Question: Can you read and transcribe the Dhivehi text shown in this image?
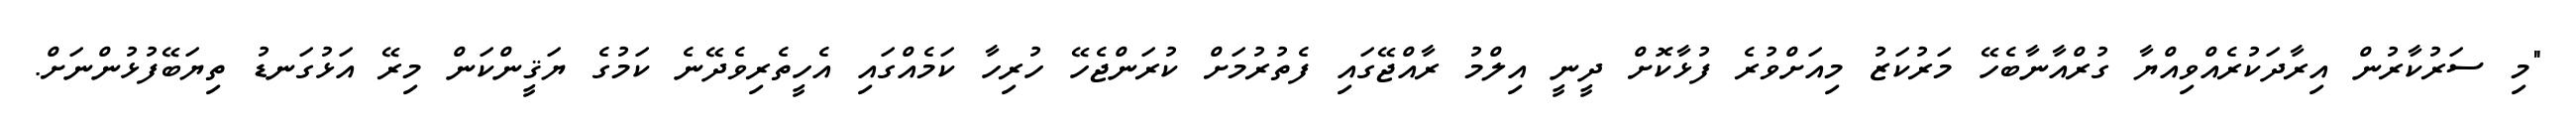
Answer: "މި ސަރުކާރުން އިރާދަކުރެއްވިއްޔާ ގުރްއާނާބެހޭ މަރުކަޒު މިއަށްވުރެ ފުޅާކޮށް ދީނީ އިލްމު ރާއްޖޭގައި ފެތުރުމަށް ކުރަންޖެހޭ ހުރިހާ ކަމެއްގައި އެހީތެރިވެދޭނެ ކަމުގެ ޔަޤީންކަން މިރޭ އަޅުގަނޑު ތިޔަބޭފުޅުންނަށް.